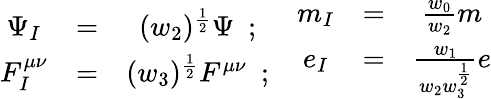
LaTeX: \begin{array}{ccc}{{\Psi_{I}}}&{{=}}&{{(w_{2})^{\frac{1}{2}}\Psi~~;}}\\ {{F_{I}^{\mu\nu}}}&{{=}}&{{(w_{3})^{\frac{1}{2}}F^{\mu\nu}~~;}}\end{array}\quad\begin{array}{ccc}{{m_{I}}}&{{=}}&{{\frac{w_{0}}{w_{2}}m}}\\ {{e_{I}}}&{{=}}&{{\frac{w_{1}}{w_{2}w_{3}^{\frac{1}{2}}}e}}\end{array}